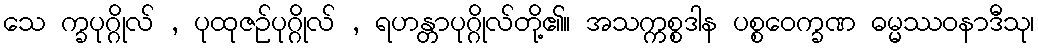
သေ က္ခပုဂ္ဂိုလ် , ပုထုဇဉ်ပုဂ္ဂိုလ် , ရဟန္တာပုဂ္ဂိုလ်တို့၏။ အသက္ကစ္စဒါန ပစ္စဝေက္ခဏ ဓမ္မဿဝနာဒီသု၊